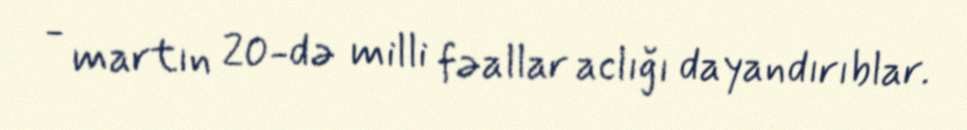
- martın 20-də milli fəallar aclığı dayandırıblar.